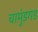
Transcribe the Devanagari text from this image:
चामुंडगड